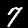
Digit: 7